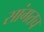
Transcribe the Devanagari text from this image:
सांगतच